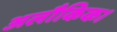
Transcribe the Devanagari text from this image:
अलौकिक।